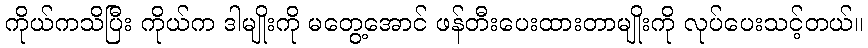
ကိုယ်ကသိပြီး ကိုယ်က ဒါမျိုးကို မတွေ့အောင် ဖန်တီးပေးထားတာမျိုးကို လုပ်ပေးသင့်တယ်။